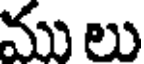
ము లు